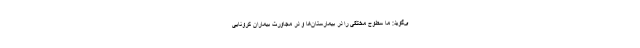
ی‌گوید: ما سطوح مختلفی را در بیمارستان‌ها و در مجاورت بیماران کرونایی